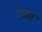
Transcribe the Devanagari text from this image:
एनाहाइम